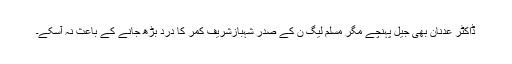
ڈاکٹر عدنان بھی جیل پہنچے مگر مسلم لیگ ن کے صدر شہبازشریف کمر کا درد بڑھ جانے کے باعث نہ آسکے۔